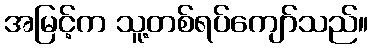
အမြင့်က သူ့တစ်ရပ်ကျော်သည်။